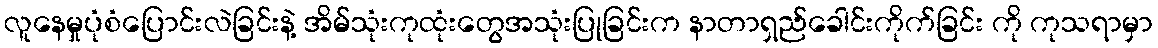
လူနေမှုပုံစံပြောင်းလဲခြင်းနဲ့ အိမ်သုံးကုထုံးတွေအသုံးပြုခြင်းက နာတာရှည်ခေါင်းကိုက်ခြင်း ကို ကုသရာမှာ